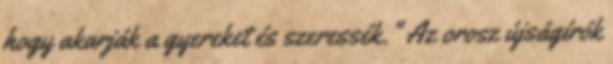
hogy akarják a gyereket és szeressék." Az orosz újságírók